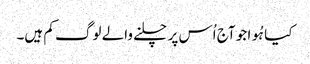
کیا ہُوا جو آج اُس پر چلنے والے لوگ کم ہیں۔